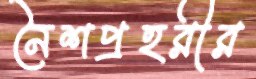
নৈশপ্রহরীর